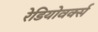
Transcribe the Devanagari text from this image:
रेडियोवर्क्स